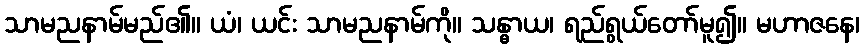
သာမညနာမ်မည်၏။ ယံ၊ ယင်း သာမညနာမ်ကို။ သန္ဓာယ၊ ရည်ရွယ်တော်မူ၍။ မဟာဇနေ၊